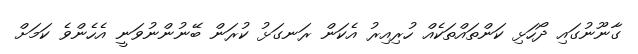
ގާނޫނުގައި ދޯހަޅި ކަންތައްތަކެއް ހުރިއިރު އެކަން ރަނގަޅު ކުރަން ބޭނުންނުވަނީ އެހެންވެ ކަމަށް